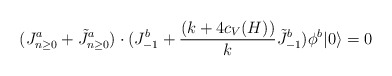
\begin{align*}(J^a_{n\ge0}+\tilde J^a_{n\ge0})\cdot (J^b_{-1}+{(k+4c_V(H))\over k}\tilde J^b_{-1})\phi^b|0\rangle=0\end{align*}